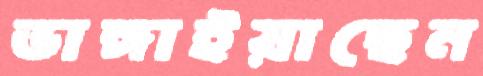
ভাঙ্গাইয়াছেন